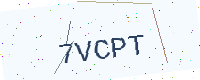
Text: 7VCPT